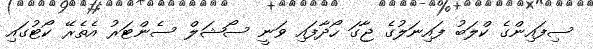
ސިފައިންގެ ކްލަބު ފައިނަލުގެ ޖާގަ ހޯދާފައި ވަނީ ސޯޝަލް ސެންޓަރު އެތެރޭ ކޯޓުގައި